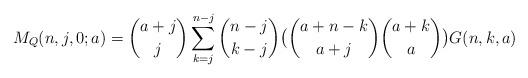
LaTeX: \begin{align*}M_Q(n,j,0;a)=\binom{a+j}{j}\sum_{k=j}^{n-j}\binom{n-j}{k-j}\bigl{(}\binom{a+n-k}{a+j}\binom{a+k}{a}\bigr{)}G(n,k,a)\end{align*}